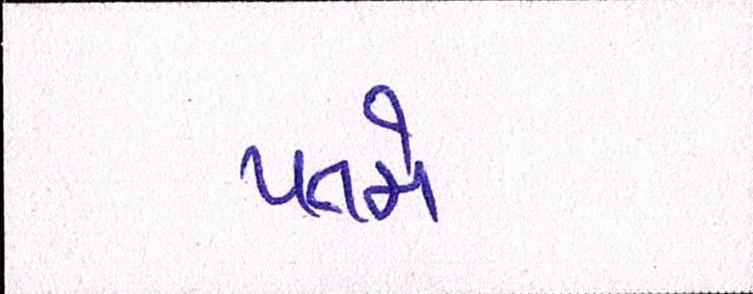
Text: પતમે